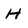
Character: H